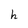
Character: h